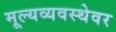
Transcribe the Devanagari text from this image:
मूल्यव्यवस्थेवर